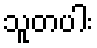
သူတပါး